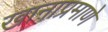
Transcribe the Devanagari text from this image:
खानाप्रमाणे